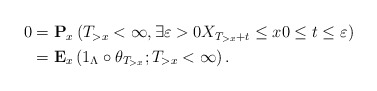
\begin{align*}\begin{aligned}0&=\mathbf{P}_x\left(T_{>x}<\infty, \exists \varepsilon>0X_{T_{>x}+t}\leq x0\leq t\leq \varepsilon \right) \\&=\mathbf{E}_x\left(1_\Lambda\circ \theta_{T_{>x}}; T_{>x}<\infty\right). \end{aligned}\end{align*}